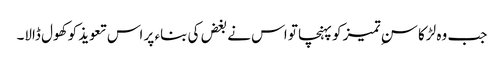
جب وہ لڑکا سنِ تمیز کو پہنچا تو اس نے بغض کی بناء پر اس تعویذ کو کھول ڈالا۔